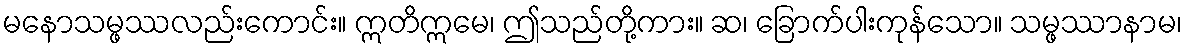
မနောသမ္ဖဿလည်းကောင်း။ ဣတိဣမေ၊ ဤသည်တို့ကား။ ဆ၊ ခြောက်ပါးကုန်သော။ သမ္ဖဿာနာမ၊